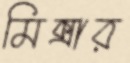
মিক্সার